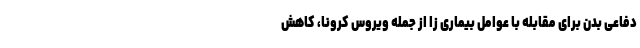
دفاعی بدن برای مقابله با عوامل بیماری زا از جمله ویروس کرونا، کاهش